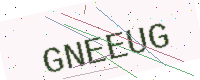
Text: GNEEUG